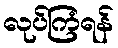
လုပ်ကြံရန်